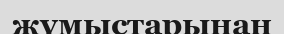
жүмыстарынан